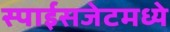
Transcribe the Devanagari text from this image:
स्पाईसजेटमध्ये